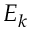
E _ { k }